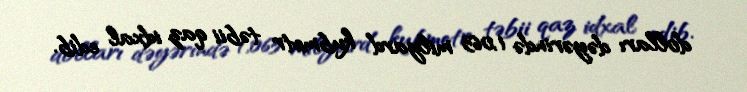
dolları dəyərində 1,063 milyard kubmetr təbii qaz idxal edib.